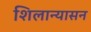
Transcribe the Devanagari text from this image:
शिलान्यासन